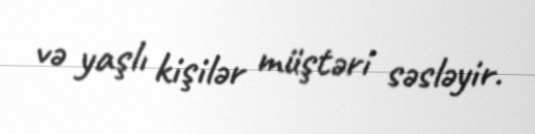
və yaşlı kişilər müştəri səsləyir.